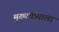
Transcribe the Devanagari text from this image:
मुख्यमंत्र्याला